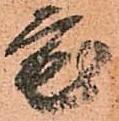
宅